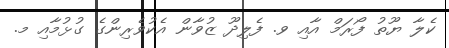
ކެލާ ޔޫތު ފޯރަމް އާއި ވ. ފެލިދޫ ޒުވާން އެކުވެރިންގެ ގުޅުމާއި މ.